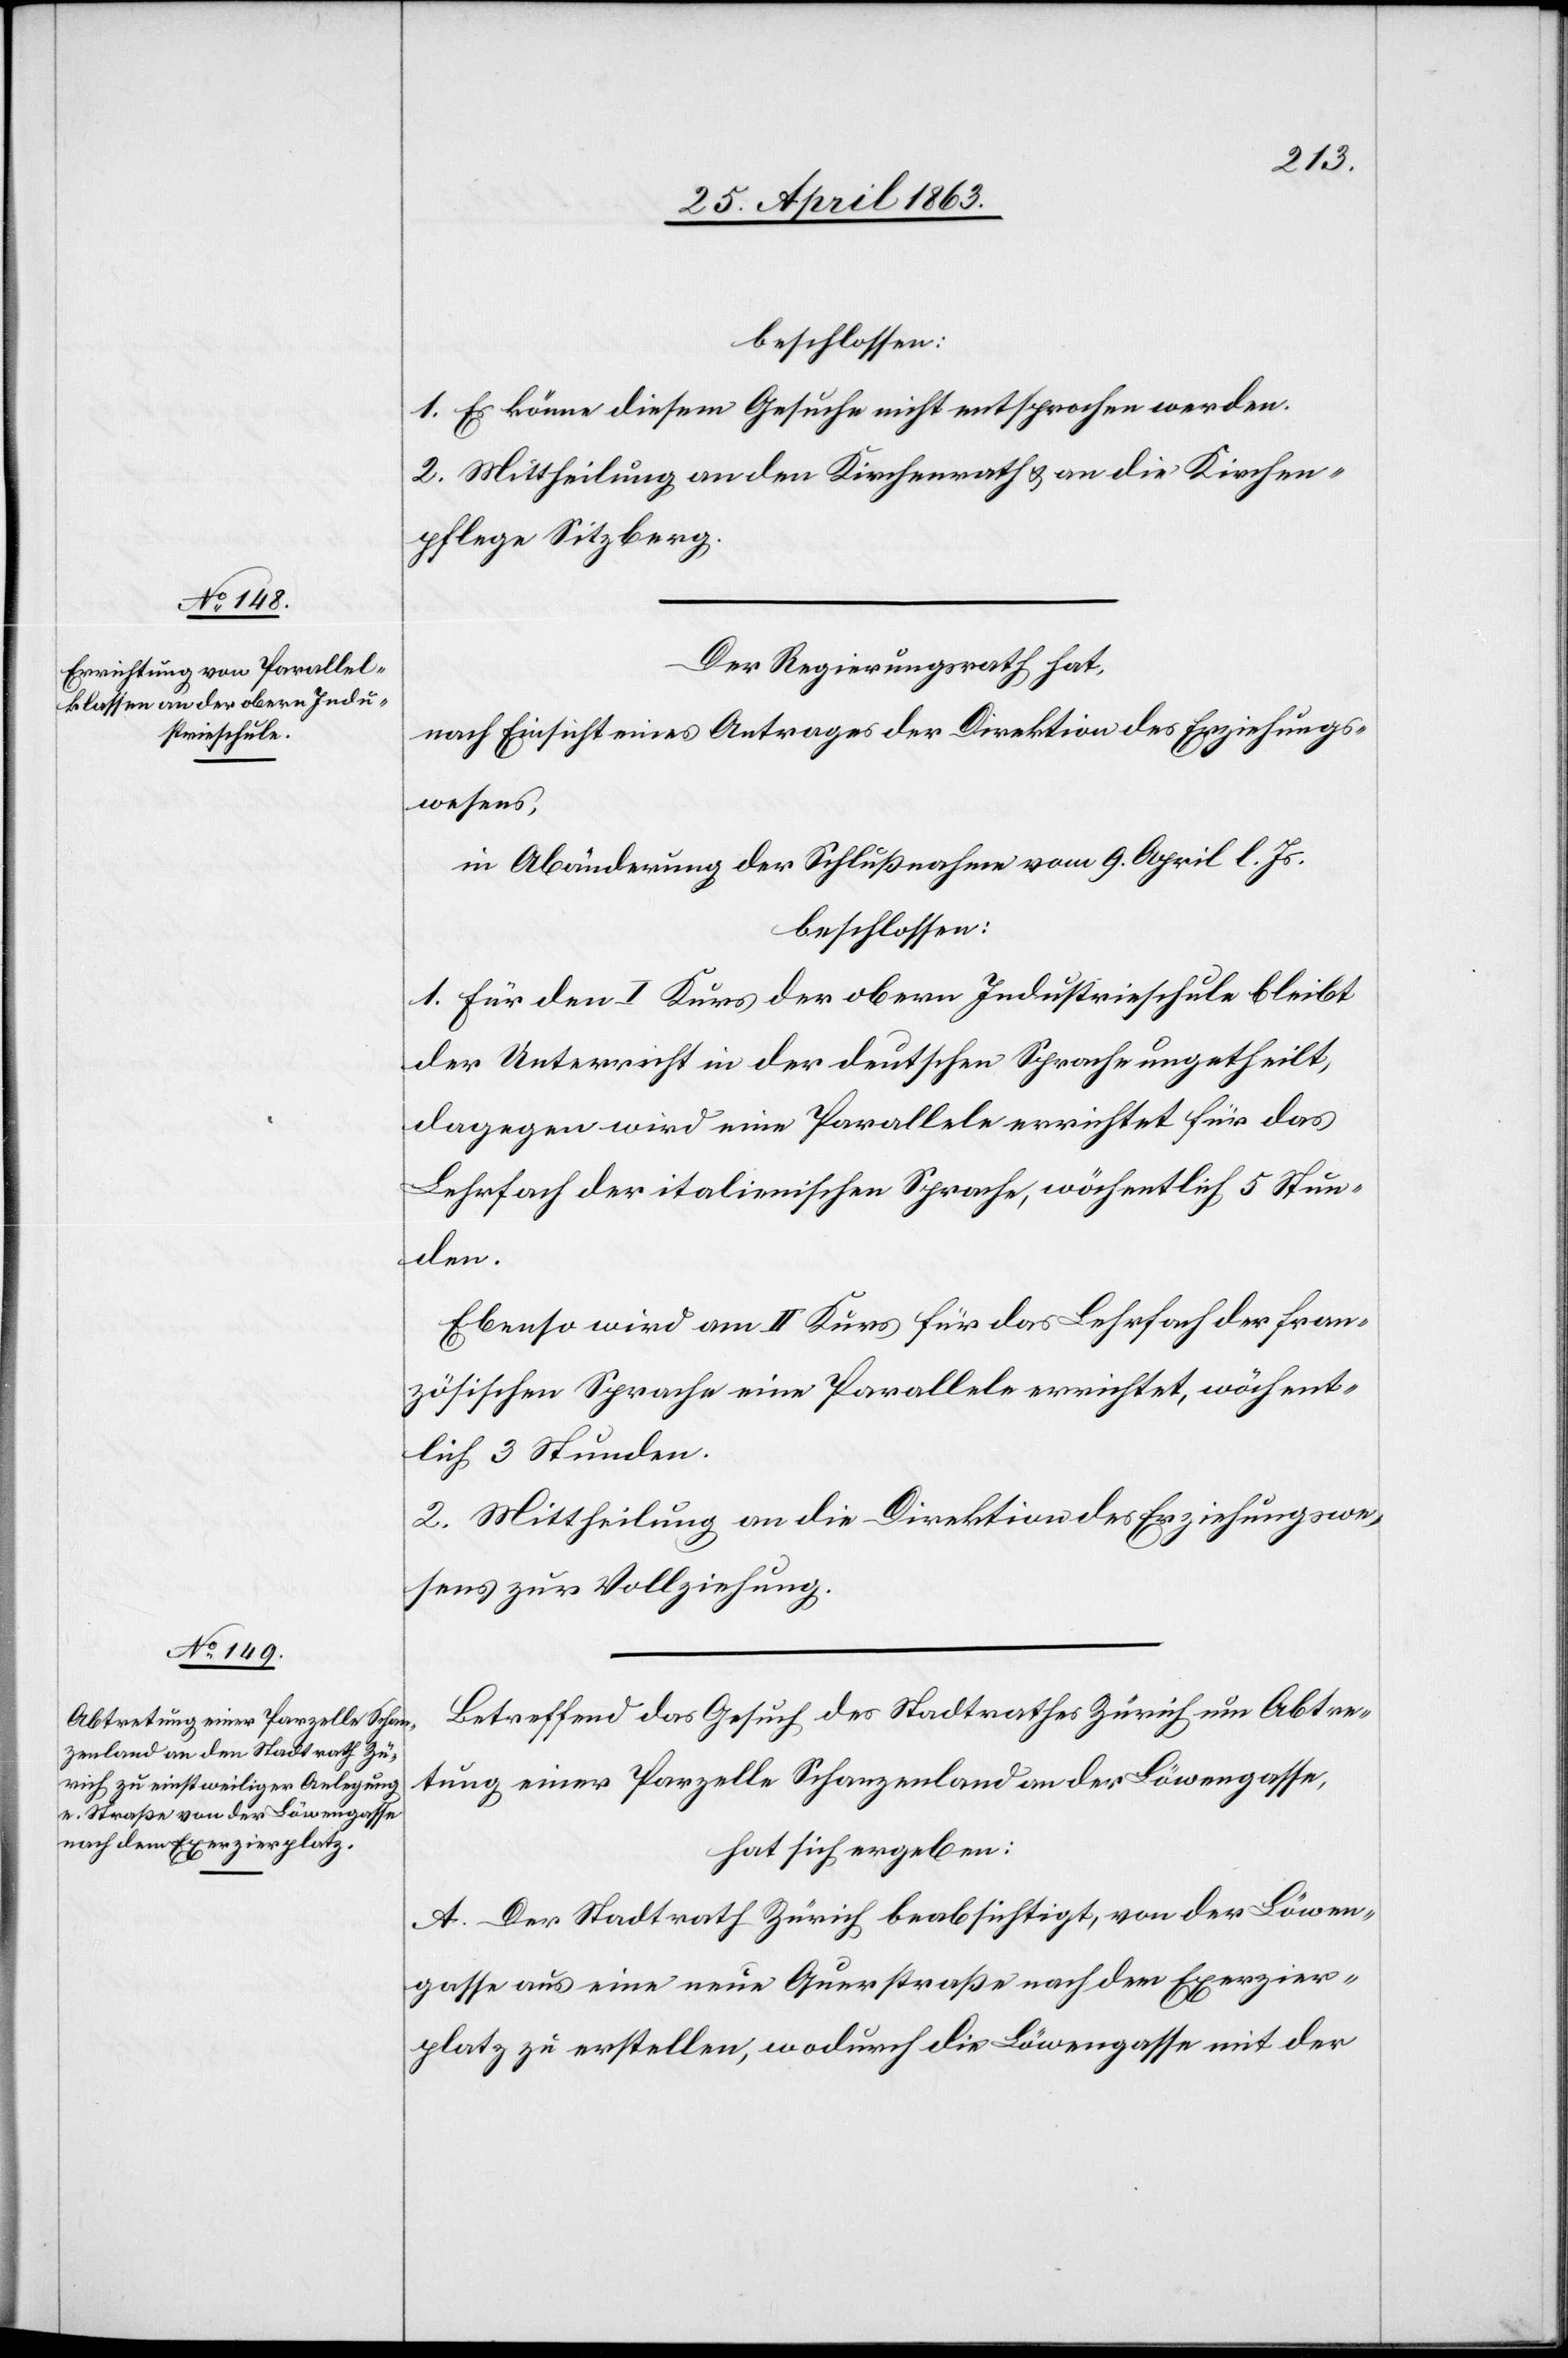
beschlossen:
1. Es könne diesem Gesuche nicht entsprochen werden.
2. Mittheilung an den Kirchenrath & an die Kirchen¬
pflege Sitzberg.
Der Regierungsrath hat,
nach Einsicht eines Antrages der Direktion des Erziehungs¬
wesens,
in Abänderung der Schlußnahme vom 9. April l. Js.
beschlossen:
1. Für den I Kurs der obern Industrieschule bleibt
der Unterricht in der deutschen Sprache ungetheilt,
dagegen wird eine Parallele errichtet für das
Lehrfach der italienischen Sprache, wöchentlich 5 Stun¬
den.
Ebenso wird am II Kurs für das Lehrfach der fran¬
zösischen Sprache eine Parallele errichtet, wöchent¬
lich 3 Stunden.
2. Mittheilung an die Direktion des Erziehungswe¬
sens zur Vollziehung.
Betreffend das Gesuch des Stadtrathes Zürich um Abtre¬
tung einer Parzelle Schanzenland an der Löwengasse,
hat sich ergeben:
A. Der Stadtrath Zürich beabsichtigt, von der Löwen¬
gasse aus eine neue Querstraße nach dem Exerzier¬
platz zu erstellen, wodurch die Löwengasse mit der